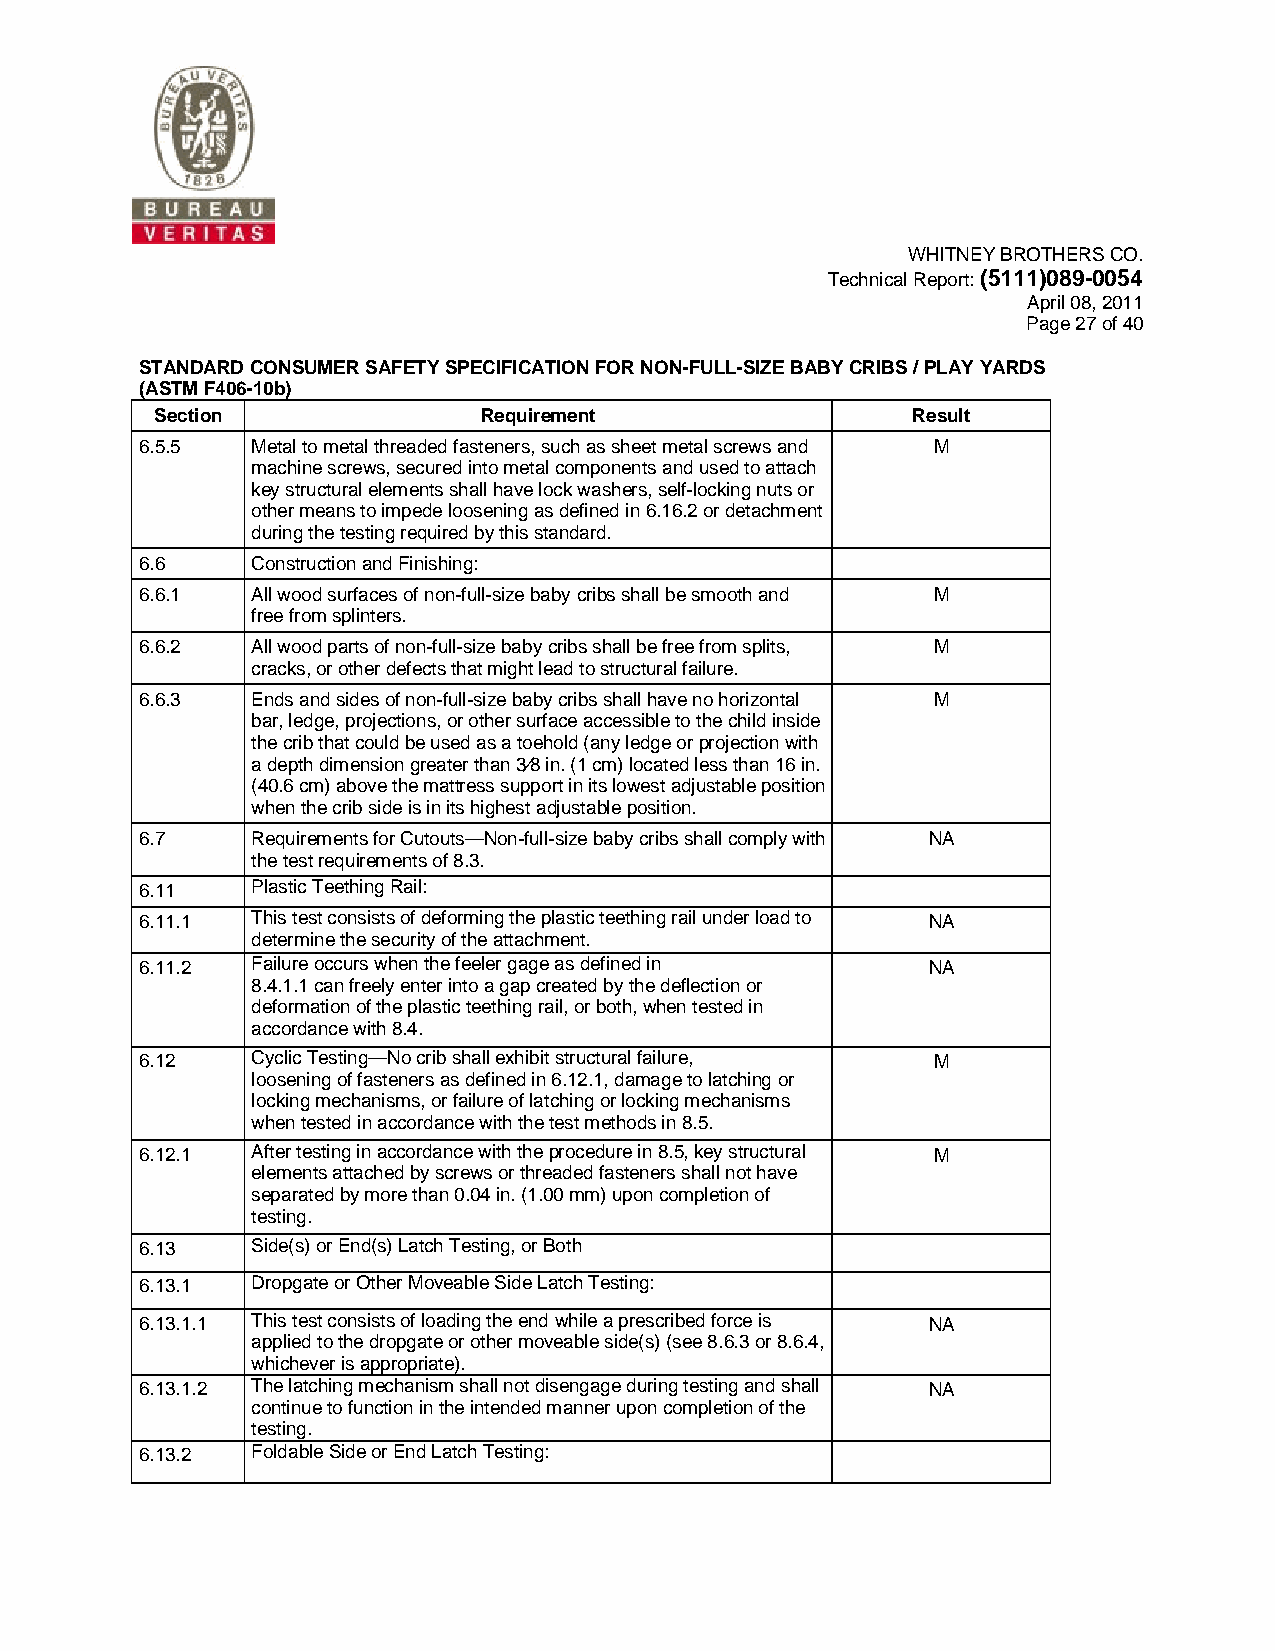
WHITNEY BROTHERS CO.
 Technical Report: (5111)089-0054
 April 08, 2011
 Page 27 of 40
 STANDARD CONSUMER SAFETY SPECIFICATION FOR NON-FULL-SIZE BABY CRIBS / PLAY YARDS
 (ASTM F406-10b)
 Section               Requirement                 Result
 6.5.5   Metal to metal threaded fasteners, such as sheet metal screws and M
 machine screws, secured into metal components and used to attach
 key structural elements shall have lock washers, self-locking nuts or
 other means to impede loosening as defined in 6.16.2 or detachment
 during the testing required by this standard.
 6.6     Construction and Finishing:
 6.6.1   All wood surfaces of non-full-size baby cribs shall be smooth and M
 free from splinters.
 6.6.2   All wood parts of non-full-size baby cribs shall be free from splits, M
 cracks, or other defects that might lead to structural failure.
 6.6.3   Ends and sides of non-full-size baby cribs shall have no horizontal M
 bar, ledge, projections, or other surface accessible to the child inside
 the crib that could be used as a toehold (any ledge or projection with
 a depth dimension greater than 3⁄8 in. (1 cm) located less than 16 in.
 (40.6 cm) above the mattress support in its lowest adjustable position
 when the crib side is in its highest adjustable position.
 6.7     Requirements for Cutouts—Non-full-size baby cribs shall comply with NA
 the test requirements of 8.3.
 6.11    Plastic Teething Rail:
 6.11.1  This test consists of deforming the plastic teething rail under load to NA
 determine the security of the attachment.
 6.11.2  Failure occurs when the feeler gage as defined in NA
 8.4.1.1 can freely enter into a gap created by the deflection or
 deformation of the plastic teething rail, or both, when tested in
 accordance with 8.4.
 6.12    Cyclic Testing—No crib shall exhibit structural failure, M
 loosening of fasteners as defined in 6.12.1, damage to latching or
 locking mechanisms, or failure of latching or locking mechanisms
 when tested in accordance with the test methods in 8.5.
 6.12.1  After testing in accordance with the procedure in 8.5, key structural M
 elements attached by screws or threaded fasteners shall not have
 separated by more than 0.04 in. (1.00 mm) upon completion of
 testing.
 6.13    Side(s) or End(s) Latch Testing, or Both
 6.13.1  Dropgate or Other Moveable Side Latch Testing:
 6.13.1.1 This test consists of loading the end while a prescribed force is NA
 applied to the dropgate or other moveable side(s) (see 8.6.3 or 8.6.4,
 whichever is appropriate).
 6.13.1.2 The latching mechanism shall not disengage during testing and shall NA
 continue to function in the intended manner upon completion of the
 testing.
 6.13.2  Foldable Side or End Latch Testing: